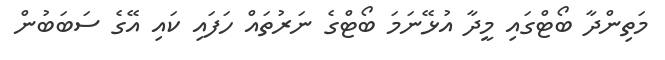
މަތިންދާ ބޯޓްގައި މީދާ އުޅޭނަމަ ބޯޓްގެ ނަރުތައް ހަފައި ކައި އޭގެ ސަބަބުން